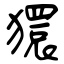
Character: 獧